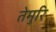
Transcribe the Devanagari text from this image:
तेमुरि